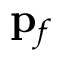
\mathbf { p } _ { f }